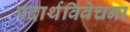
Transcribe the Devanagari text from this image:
पदार्थविवेचना